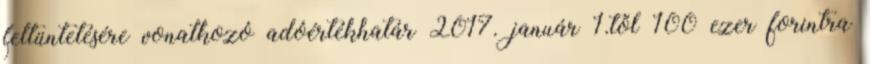
feltüntetésére vonatkozó adóértékhatár 2017. január 1.től 100 ezer forintra